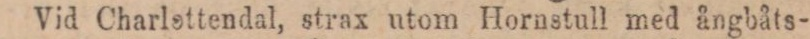
Vid Charlottendal, strax utom Hornstull med ångbåts-